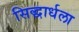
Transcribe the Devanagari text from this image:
सिद्धार्धला